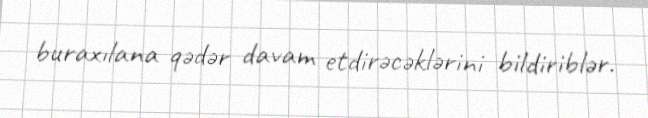
buraxılana qədər davam etdirəcəklərini bildiriblər.